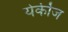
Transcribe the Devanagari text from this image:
येर्कीज